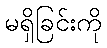
မရှိခြင်းကို